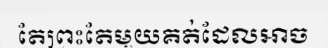
តែព្រះតែមួយគត់ដែលអាច